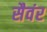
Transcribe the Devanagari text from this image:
सैवंर